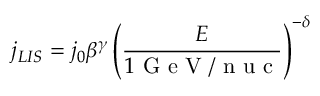
j _ { L I S } = j _ { 0 } \beta ^ { \gamma } \left( \frac { E } { 1 \mathrm { ~ G ~ e ~ V ~ / ~ n ~ u ~ c ~ } } \right) ^ { - \delta }